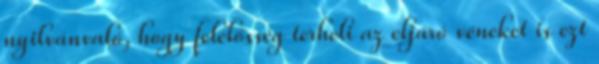
nyilvánvaló, hogy felelősség terheli az eljáró véneket is ezt